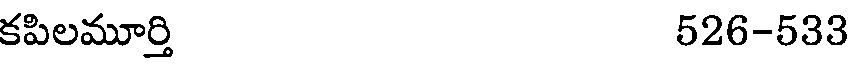
కపిలమూర్తి 526-533